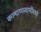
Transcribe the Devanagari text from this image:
कल्याणस्वामींमध्ये